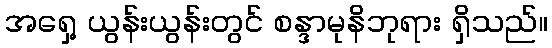
အရှေ့ ယွန်းယွန်းတွင် စန္ဒာမုနိဘုရား ရှိသည်။